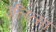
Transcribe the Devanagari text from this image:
उलित्सा